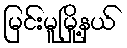
မြင်းမူမြို့နယ်